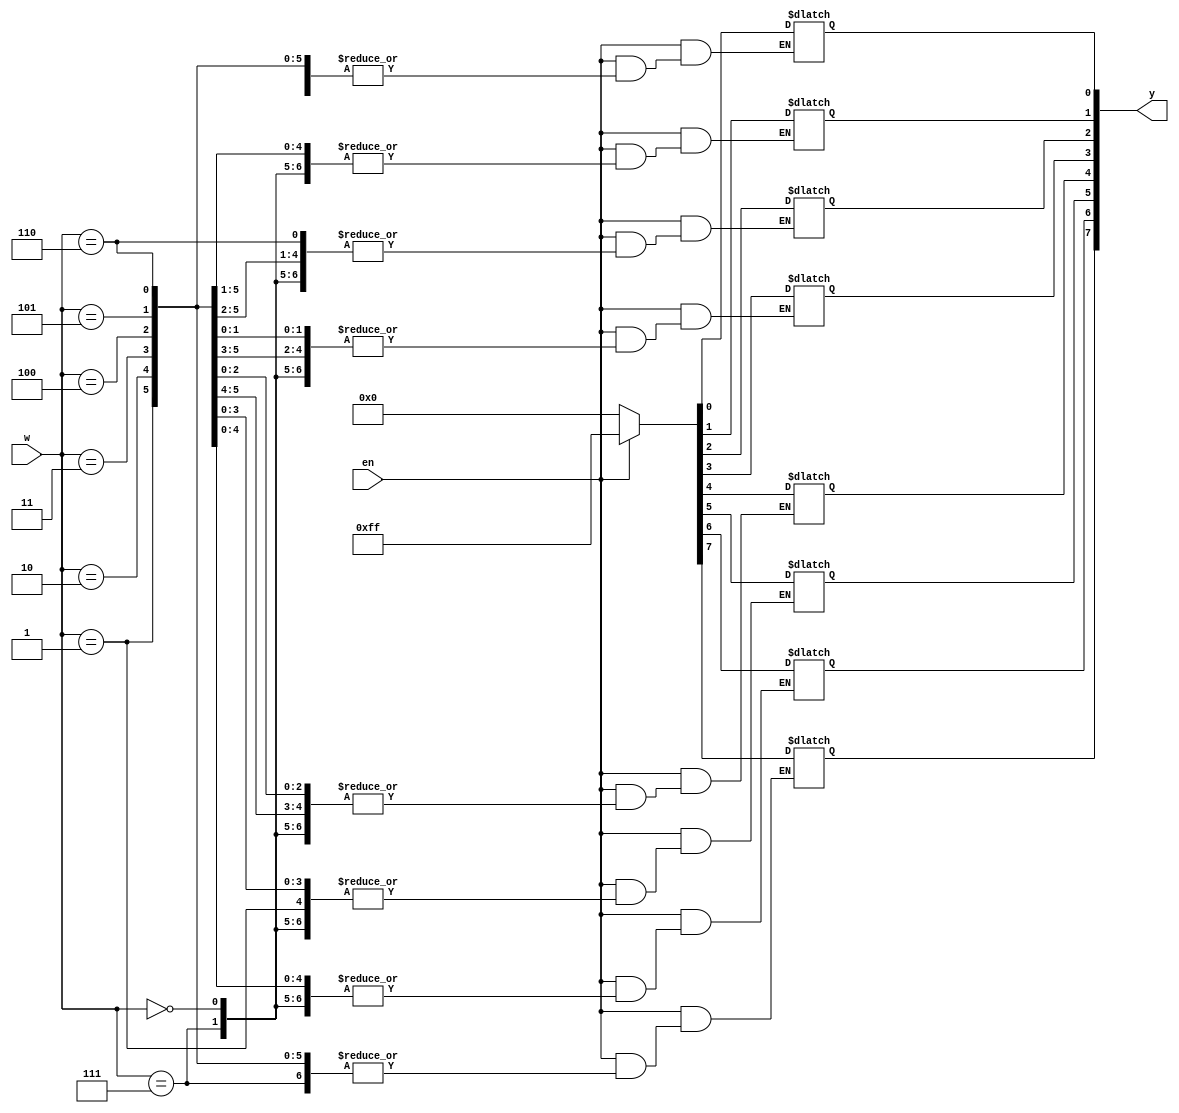
`timescale 1ns / 1ps
//////////////////////////////////////////////////////////////////////////////////
// Company: 
// Engineer: 
// 
// Design Name: 
// Module Name: decoder_generic
// Project Name: 
// Target Devices: 
// Tool Versions: 
// Description: 
// 
// Dependencies: 
// 
// Revision:
// Revision 0.01 - File Created
// Additional Comments:
// 
//////////////////////////////////////////////////////////////////////////////////


module decoder_generic
    #(parameter N=3) (
    input [N-1:0] w,
    input en,
    output reg [0: 2 ** N-1] y //(2^n) -1
    );
    
    always@(w, en)
    begin
        if (en)
            y[w] = 1'b1;           
        else
            y = 'b0;
    end
    
endmodule